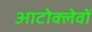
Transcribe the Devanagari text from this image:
आटोक्लेवों